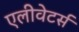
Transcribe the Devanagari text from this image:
एलीवेटर्स